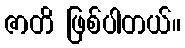
ဇာတိ ဖြစ်ပါတယ်။